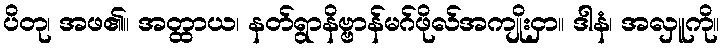
ပိတု၊ အဖ၏။ အတ္ထာယ၊ နတ်ရွာနိဗ္ဗာန်မဂ်ဖိုလ်အကျိုးငှာ။ ဒါနံ၊ အလှူကို။